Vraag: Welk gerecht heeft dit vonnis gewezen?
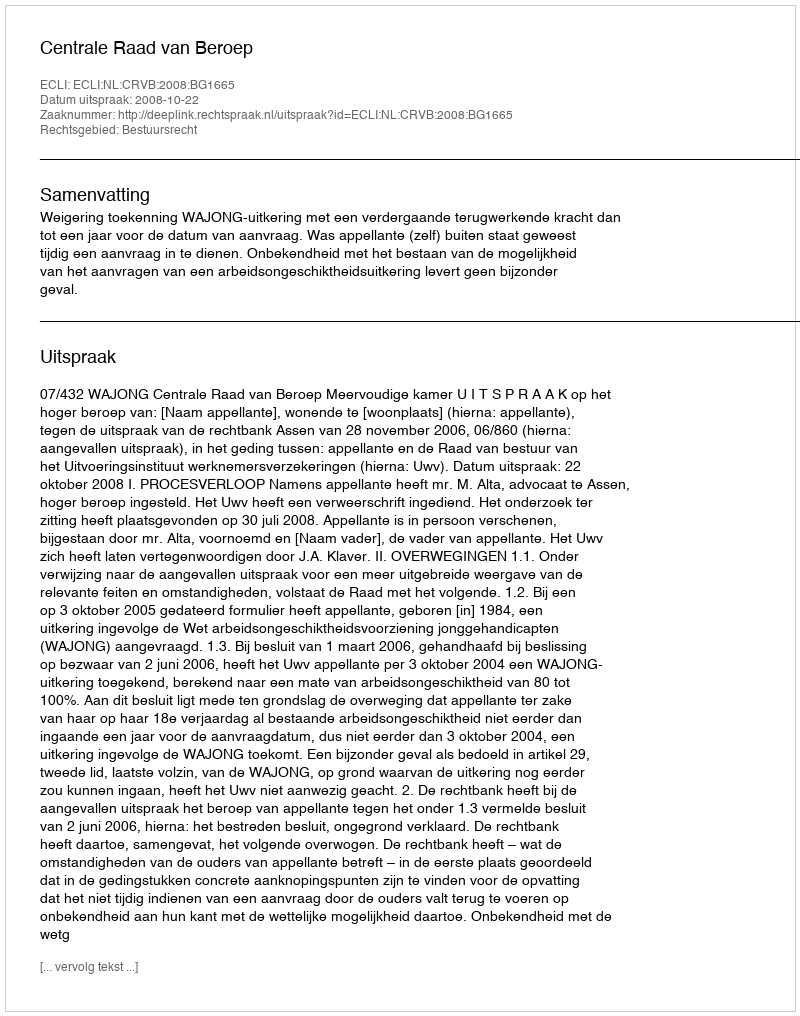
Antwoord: Centrale Raad van Beroep